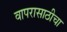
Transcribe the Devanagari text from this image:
वापरासाठीचा